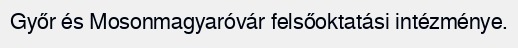
Győr és Mosonmagyaróvár felsőoktatási intézménye.